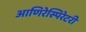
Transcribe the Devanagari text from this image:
आणिरेस्पिरेटरी